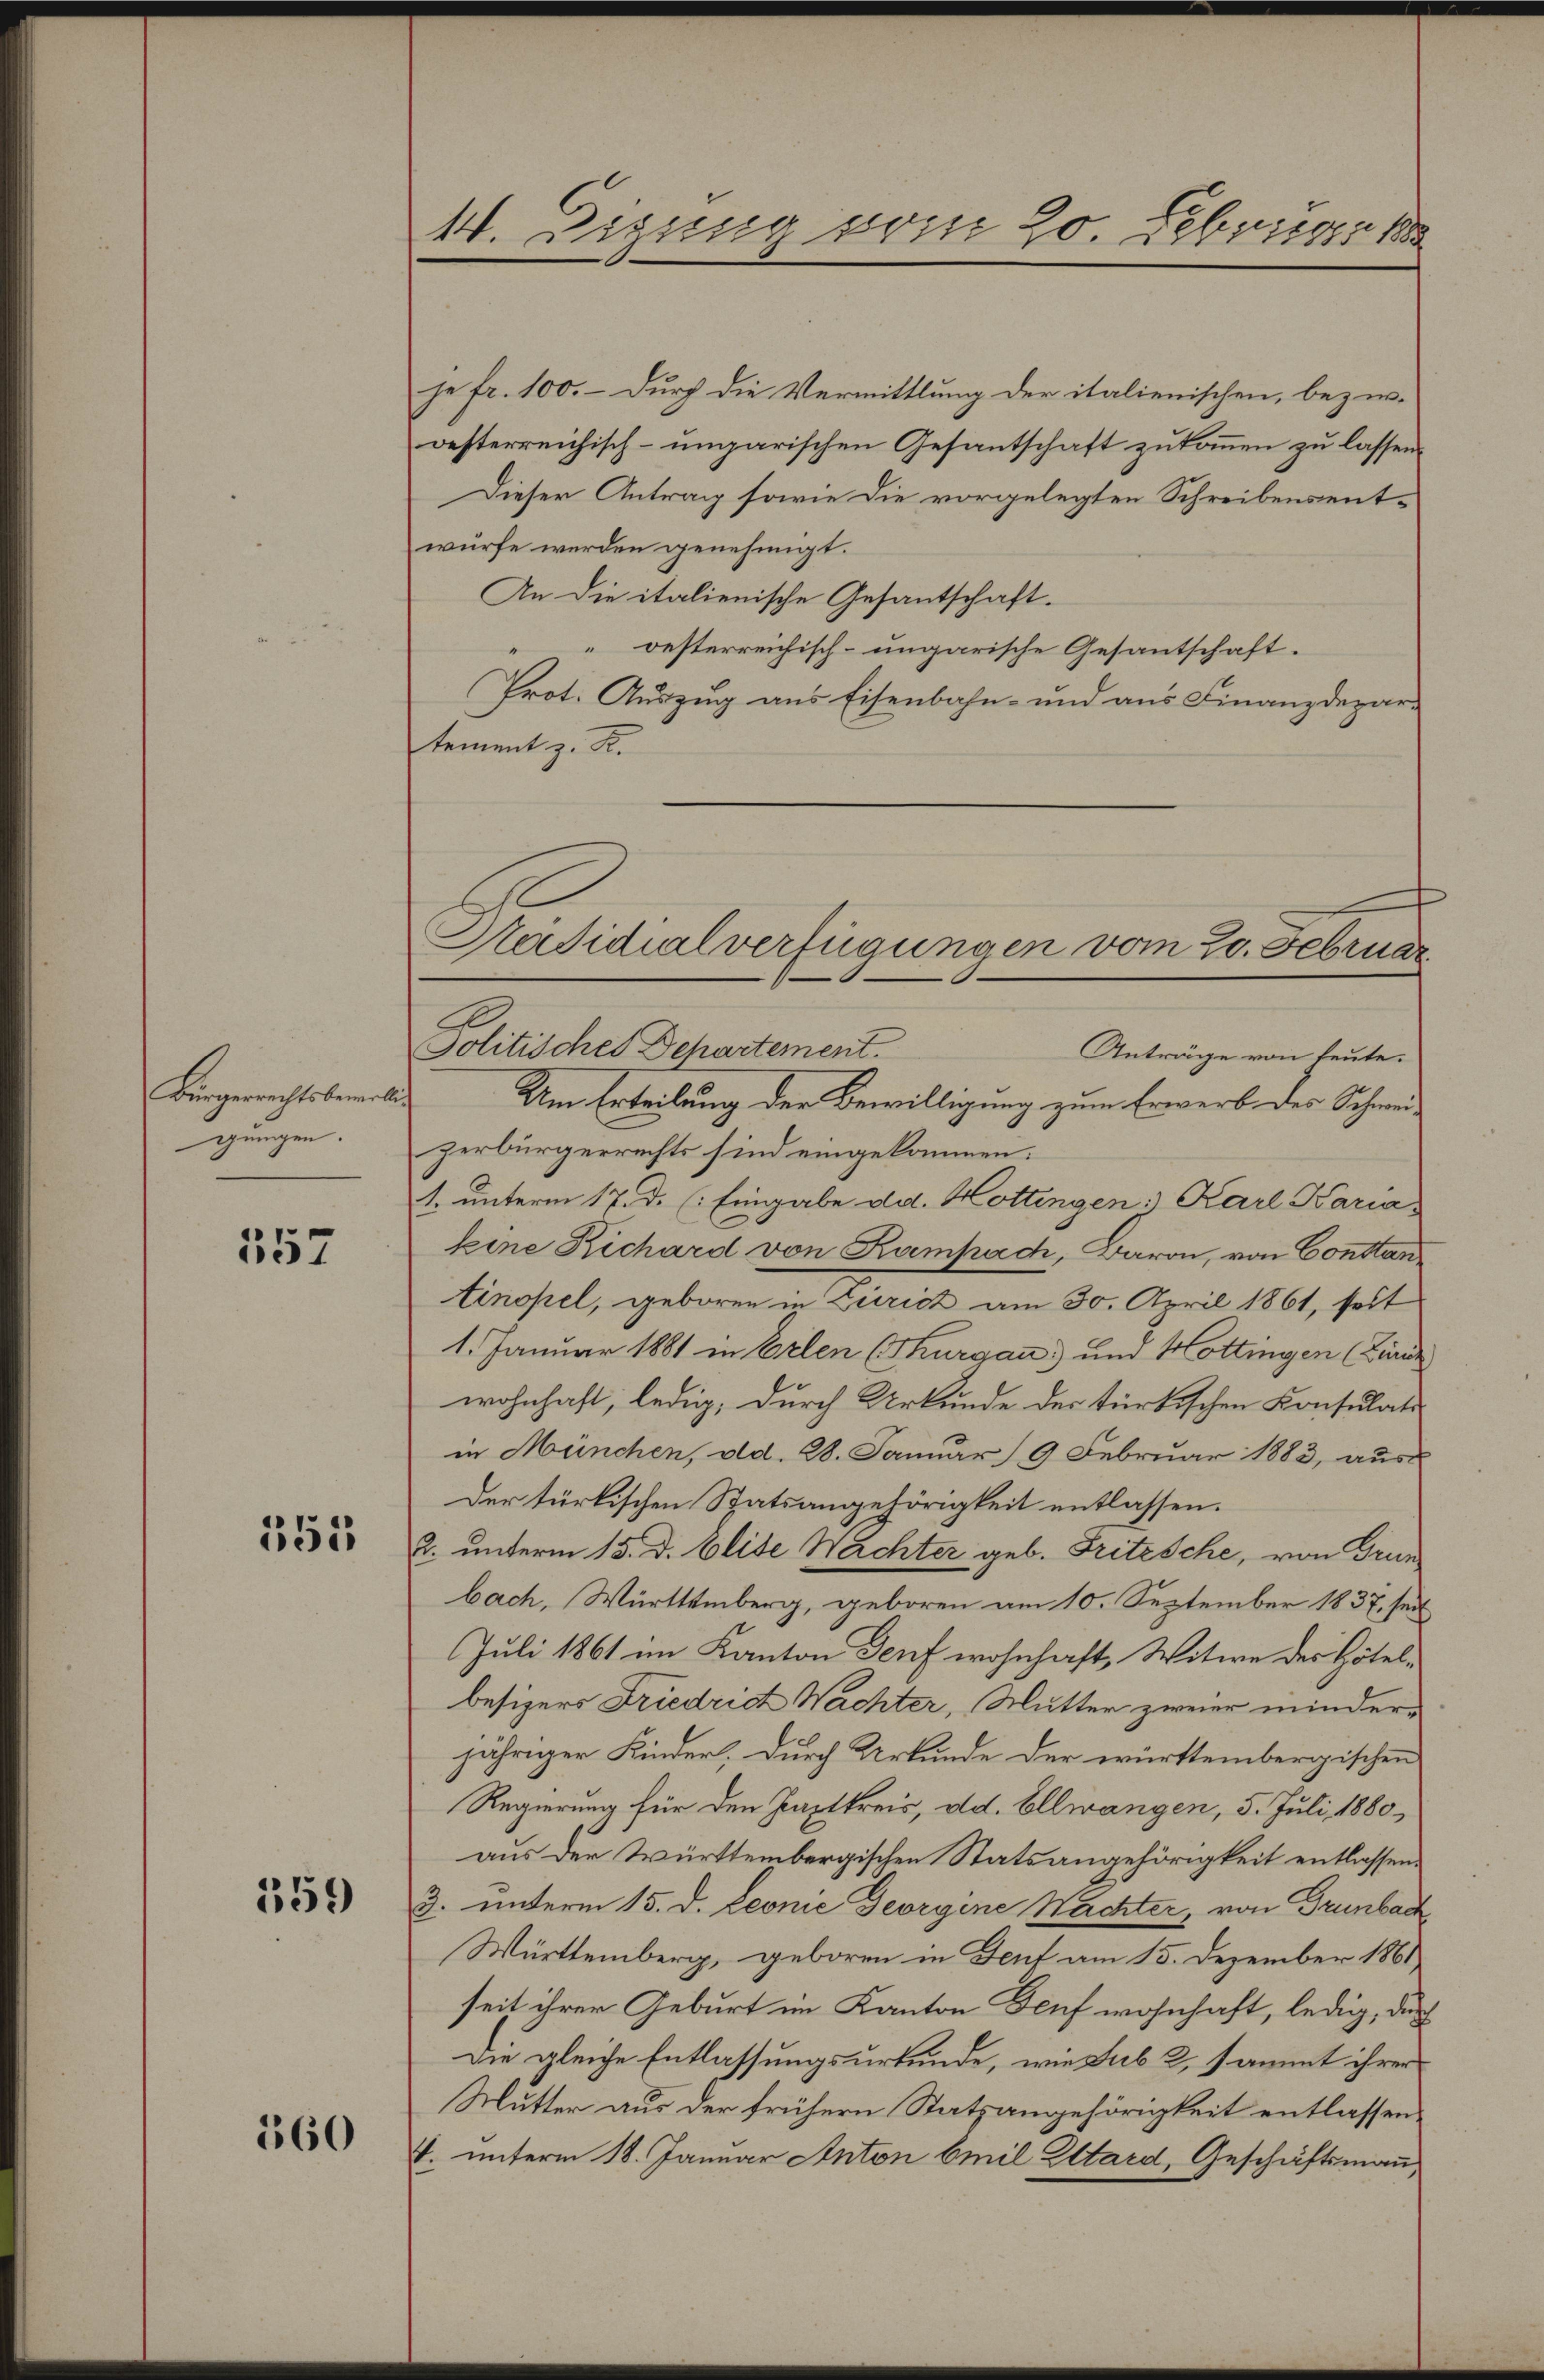
Bürgerrechtsbewillig
gungen.

557

351

359

560

4. Zigung vom 20. Februar 188

je fr. 100. – Durch die Vermittlung der italienischen, beziroesterreichisch-ungarischen Gesantschaft zukommen zu lassen.
Dieser Antrag sowie die vorgelegten Schreibensentwürfe werden genehmigt.
An die italienische Gesantschaft.
 oesterreichisch-ungarische Gesantschaft.
Prot. Auszug aus Eisenbahn- und aus Finanzdepar-
tement z. B.
Politisches Behartement.
Anträge von heute.
Um Erteilung der Bewilligung zum Erwerb des Schweiz
zerbürgerrechts sind eingekommen:
1. unterm 17. d. (: Eingabe da. Hottingen: Karl Karia
Eine Richard von Kampach, Baron, von Constantinopel, geboren in Zürich am 30. April 1861, seit
1. Januar 1881 in Erlen (Thurgau) und Hottingen Linie
wohnhaft, ledig, durch Urkunde der türkischen Konsulati
in München, d.d. 28. Januar 9 Februar 1883, aus
Der türkischen Statsangehörigkeit entlassen.
2. unterm 15. d. Elise Wachter geb. Fritzsche, von Grun
bach, Württemberg, geboren am 10. September 1837. seit
Juli 1861 im Kanton Genf wohnhaft, Witwe der Hotelbesizers Friedrict Wachter, Mutter zweier minderjähriger Kinder. Durch Urkunde der württembergischen
Regierung für den Zastkreis, ad. Ellwangen, 5. Juli 1880,
aus der Württembergischen Statsangehörigkeit entlassen.
3. unterm 15. d. Leonie Georgine Nachter, von Grünbach
Württemberg, geboren in Deuf am 15. Dezember 1861
seit ihrer Geburt im Kanton Genf wohnhaft, ledig, der
Die gleiche Entlassungsurkunde, wie sub 2, sammt ihrer
Mutter aus der frühern Statzangehörigkeit entlassen.
V. unterm 18. Januar Anton Emil Altard, Geschäftsmann,

Präsidialverfügungen vom 20. Februar